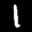
Label: 1